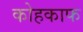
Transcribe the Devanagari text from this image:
कोहकाफ